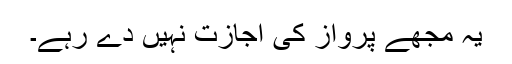
یہ مجھے پرواز کی اجازت نہیں دے رہے۔